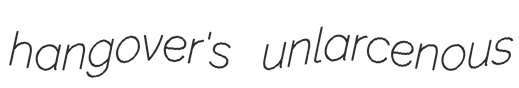
hangover's unlarcenous